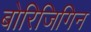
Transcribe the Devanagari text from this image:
बोरिजिगिन